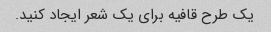
یک طرح قافیه برای یک شعر ایجاد کنید.